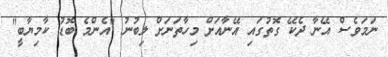
ނަމަވެސް އޭނާ ދެކޭ ގޮތުގައި އޭނާއަށް މިހާތަނަށް ލިބުނު "އެންމެ ބޮޑު ކާމިޔާބީ"